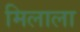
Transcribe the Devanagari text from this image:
मिलाला